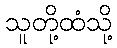
သူတို့ထံသို့